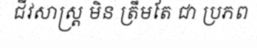
ជីវសាស្ត្រ មិន ត្រឹមតែ ជា ប្រភព